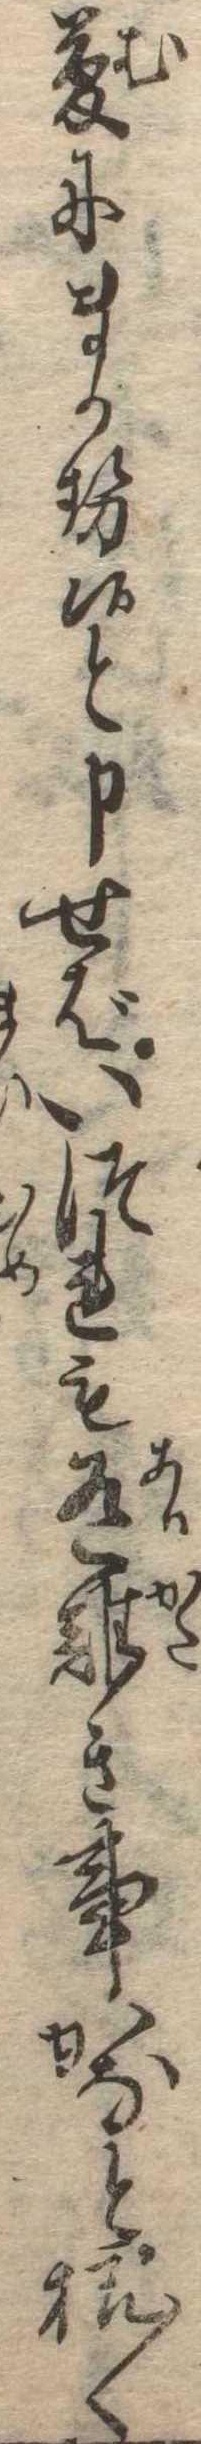
夢にまかせ候と申せばいつれも有難き事かなと様〱